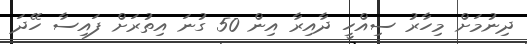
ދިނުމަށް މިހާރު ސިއްހީ ދާއިރާ އިން 50 ގުނަ އިތުރަށް ފައިސާ ހޭދަ